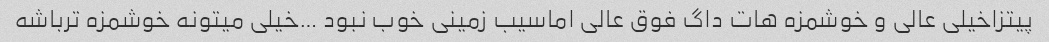
پیتزاخیلی عالی و خوشمزه هات داگ فوق عالی اماسیب زمینی خوب نبود …خیلی میتونه خوشمزه ترباشه